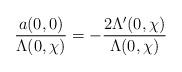
LaTeX: \begin{align*}\frac{ a(0,0) } { \Lambda( 0 , \chi ) } = - \frac{ 2\Lambda'(0,\chi) } { \Lambda( 0 , \chi ) }\end{align*}